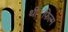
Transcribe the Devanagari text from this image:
थी।फ़िल्म